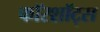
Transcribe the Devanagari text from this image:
फॉरशॉट्स